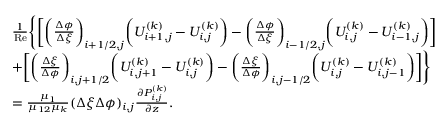
\begin{array} { r l } & { \begin{array} { r l } & { \frac { 1 } { \mathrm { R e } } \Biggl \{ \bigg [ \bigg ( \frac { \Delta \phi } { \Delta \xi } \bigg ) _ { i + 1 / 2 , j } \bigg ( U _ { i + 1 , j } ^ { ( k ) } - U _ { i , j } ^ { ( k ) } \bigg ) - \bigg ( \frac { \Delta \phi } { \Delta \xi } \bigg ) _ { i - 1 / 2 , j } \bigg ( U _ { i , j } ^ { ( k ) } - U _ { i - 1 , j } ^ { ( k ) } \bigg ) \bigg ] } \\ & { + \bigg [ \bigg ( \frac { \Delta \xi } { \Delta \phi } \bigg ) _ { i , j + 1 / 2 } \bigg ( U _ { i , j + 1 } ^ { ( k ) } - U _ { i , j } ^ { ( k ) } \bigg ) - \bigg ( \frac { \Delta \xi } { \Delta \phi } \bigg ) _ { i , j - 1 / 2 } \bigg ( U _ { i , j } ^ { ( k ) } - U _ { i , j - 1 } ^ { ( k ) } \bigg ) \bigg ] \Biggr \} } \\ & { = \frac { \mu _ { 1 } } { \mu _ { 1 2 } \mu _ { k } } ( \Delta \xi \Delta \phi ) _ { i , j } \frac { \partial P _ { i , j } ^ { ( k ) } } { \partial z } . } \end{array} } \end{array}